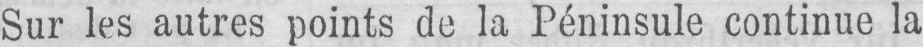
Sur les autres points de la Péninsule continue la